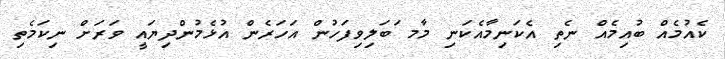
ކެއުމެއް ބުއިމެއް ނެތި އެކަނިމާއެކަނި މާމ ަބަލިވިފަހުން އަހަރެން އުޅެމުންދިޔައީ ވަރަށް ނިކަމެތި